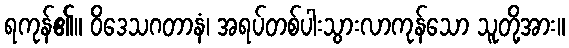
ရကုန်၏။ ဝိဒေသဂတာနံ၊ အရပ်တစ်ပါးသွားလာကုန်သော သူတို့အား။